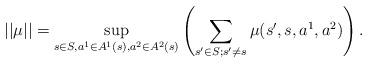
LaTeX: \begin{align*}||\mu||=\sup_{s\in S, a^1\in A^1(s),a^2\in A^2(s)}\left(\sum_{s'\in S;s'\neq s}\mu(s',s,a^1,a^2)\right). \end{align*}